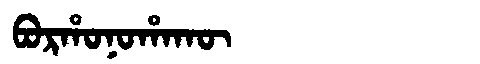
Manchu: ᠪᠣᡵᡥᠣᠨᠣᡥᠠᡴᡡ
Romanization: BORHONOHAKŪ